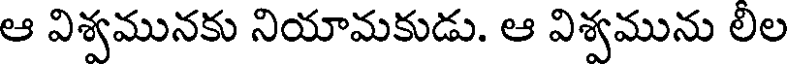
ఆ విశ్వమునకు నియామకుడు. ఆ విశ్వమును లీల